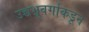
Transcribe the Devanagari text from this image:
उच्चभ्रूवर्गाकडून